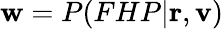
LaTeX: \mathbf{w}=P(FHP|\mathbf{{r}},\mathbf{{v}})